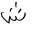
Letter: _shin